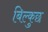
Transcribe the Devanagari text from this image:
बिल्कुछ